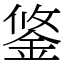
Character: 鋚